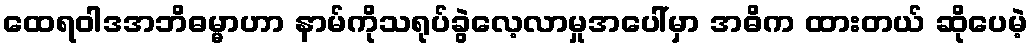
ထေရဝါဒအဘိဓမ္မာဟာ နာမ်ကိုသရုပ်ခွဲလေ့လာမှုအပေါ်မှာ အဓိက ထားတယ် ဆိုပေမဲ့